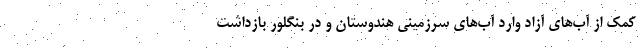
کمک از آب‌های آزاد وارد آب‌های سرزمینی هندوستان و در بنگلور بازداشت